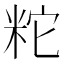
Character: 𥹈